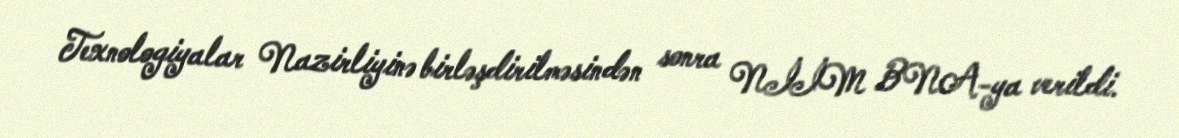
Texnologiyalar Nazirliyinə birləşdirilməsindən sonra NİİM BNA-ya verildi.